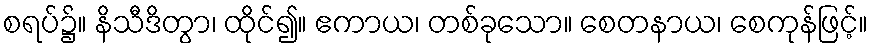
စရပ်၌။ နိသီဒိတွာ၊ ထိုင်၍။ ဧကာယ၊ တစ်ခုသော။ စေတနာယ၊ စေကုန်ဖြင့်။